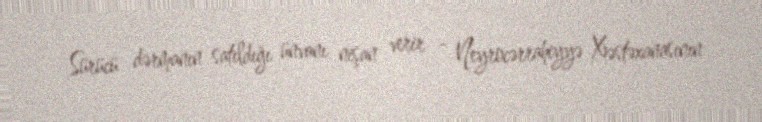
Sürücü dərmanın satıldığı ünvanı nişan verir - Neyrocərrahiyyə Xəstəxanasının